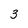
Character: 3